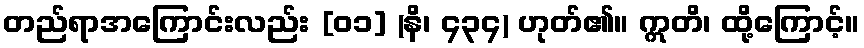
တည်ရာအကြောင်းလည်း [၀၁] (နိ၊ ၄၃၄) ဟုတ်၏။ ဣတိ၊ ထို့ကြောင့်။